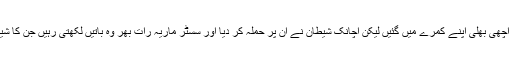
کہتے ہیں کہ وہ ایک رات وہ اچھی بھلی اپنے کمرے میں گئیں لیکن اچانک شیطان نے اُن پر حملہ کر دیا اور سسٹر ماریہ رات بھر وہ باتیں لکھتی رہیں جن کا شیطان اُن سے مطالبہ کرتا رہا۔